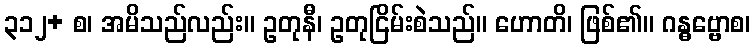
၃၁၂+ စ၊ အမိသည်လည်း။ ဥတုနီ၊ ဥတုငြိမ်းစဲသည်။ ဟောတိ၊ ဖြစ်၏။ ဂန္ဓဗ္ဗောစ၊